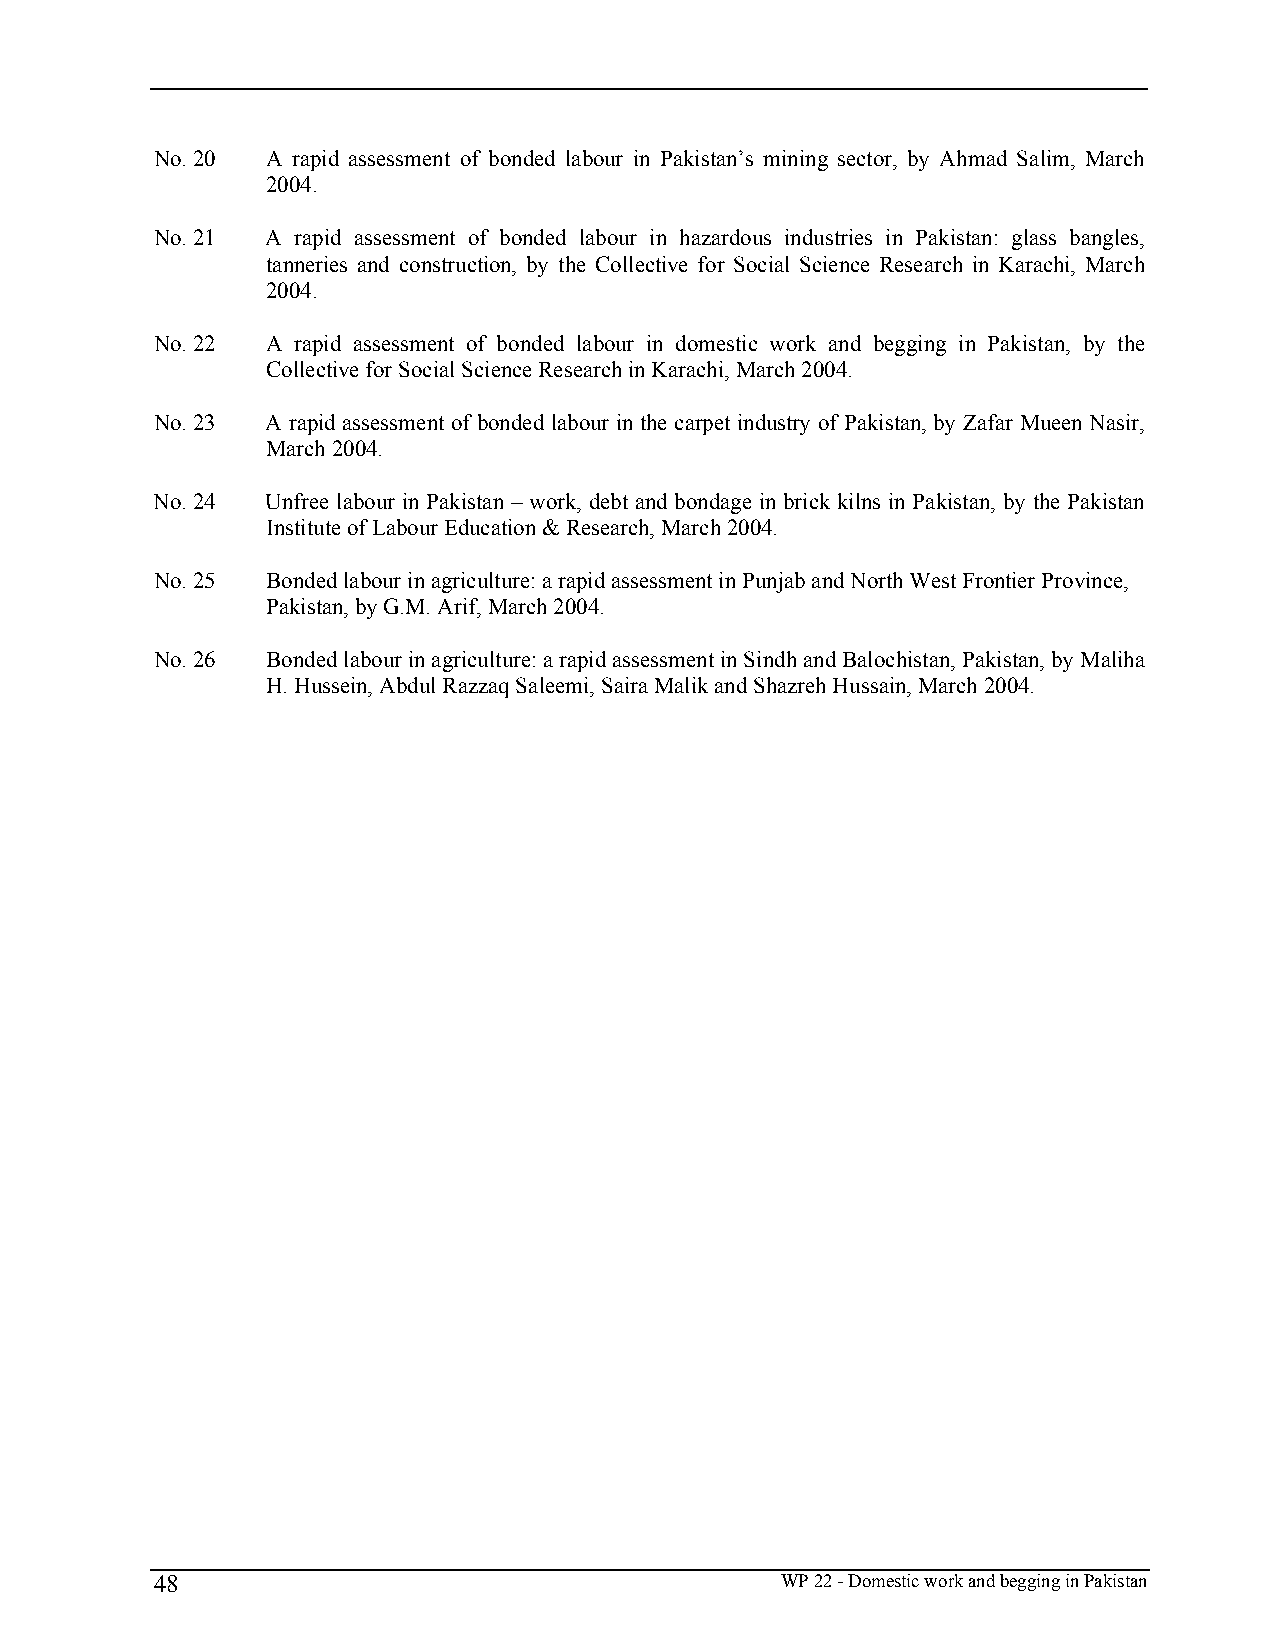
No. 20  A rapid assessment of bonded labour in Pakistan’s mining sector, by Ahmad Salim, March
 2004.
 No. 21  A rapid assessment of bonded labour in hazardous industries in Pakistan: glass bangles,
 tanneries and construction, by the Collective for Social Science Research in Karachi, March
 2004.
 No. 22  A rapid assessment of bonded labour in domestic work and begging in Pakistan, by the
 Collective for Social Science Research in Karachi, March 2004.
 No. 23  A rapid assessment of bonded labour in the carpet industry of Pakistan, by Zafar Mueen Nasir,
 March 2004.
 No. 24  Unfree labour in Pakistan – work, debt and bondage in brick kilns in Pakistan, by the Pakistan
 Institute of Labour Education & Research, March 2004.
 No. 25  Bonded labour in agriculture: a rapid assessment in Punjab and North West Frontier Province,
 Pakistan, by G.M. Arif, March 2004.
 No. 26  Bonded labour in agriculture: a rapid assessment in Sindh and Balochistan, Pakistan, by Maliha
 H. Hussein, Abdul Razzaq Saleemi, Saira Malik and Shazreh Hussain, March 2004.
 48                                        WP 22 - Domestic work and begging in Pakistan